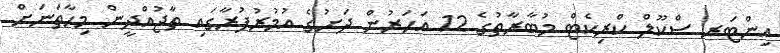
އިންޓަރ ސްކޫލް ކްރިކެޓް މުބާރާތުގެ 12 އަހަރުން ދަށުގެ އުމުރުފުރާގައި ތާޖުއްދީން މިހާތަނަށް